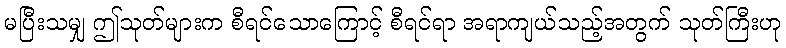
မပြီးသမျှ ဤသုတ်များက စီရင်သောကြောင့် စီရင်ရာ အရာကျယ်သည့်အတွက် သုတ်ကြီးဟု